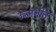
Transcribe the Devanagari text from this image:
उन्मनीत